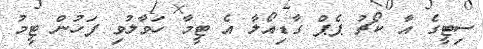
ސިޓީގެ އާ ކޯޗު ޕެޕް ގާޑިއޯލާ އެ ޓީމާ ހަވާލުވި ފަހުން ޓީމު